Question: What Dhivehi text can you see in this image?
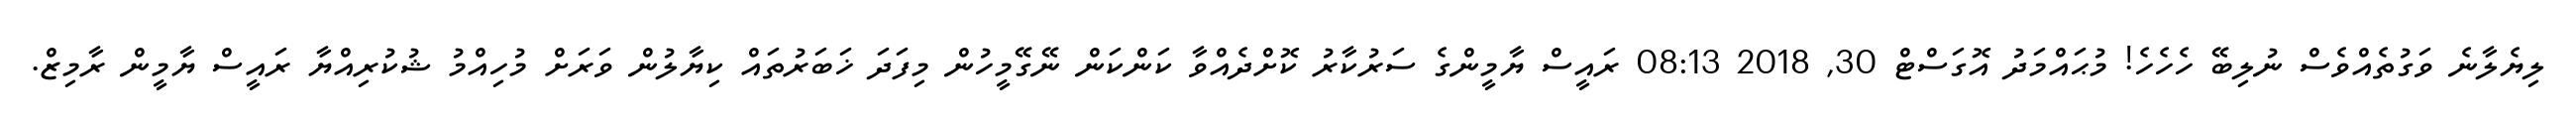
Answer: ލިޔެލާނެ ވަގުތެއްވެސް ނުލިބޭ ހެހެހެ! މުޙައްމަދު އޮގަސްޓް 30, 2018 08:13 ރައީސް ޔާމީންގެ ސަރުކާރު ކޮށްދެއްވާ ކަންކަން ނޭގޭމީހުން މިފަދަ ޚަބަރުތައް ކިޔާލުން ވަރަށް މުހިއްމު ޝުކުރިއްޔާ ރައީސް ޔާމީން ރާމިޒް.